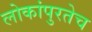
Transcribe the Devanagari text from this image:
लोकांपुरतेच